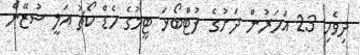
ދިވެހި 23 އަހަރުން ދަށުގެ ފުޓްބޯޅަ ޓީމުގެ ހެޑް ކޯޗު އަލީ ސުޒޭން